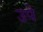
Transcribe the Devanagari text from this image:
उपे